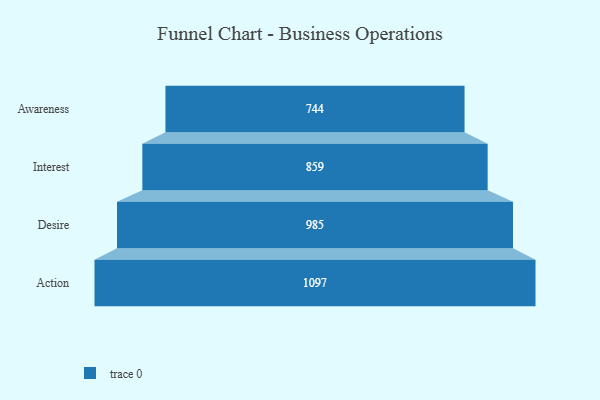
{"axis": {"x": "Stage", "y": "Value"}, "legend": [""], "data": [{"x": "Awareness", "y": 744.0, "type": ""}, {"x": "Interest", "y": 859.0, "type": ""}, {"x": "Desire", "y": 985.0, "type": ""}, {"x": "Action", "y": 1097.0, "type": ""}]}